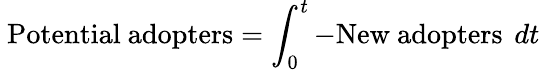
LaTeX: \ {\mathrm{Potential~adopters}}=\int_{0}^{t}{\mathrm{-New~adopters~}}\, dt